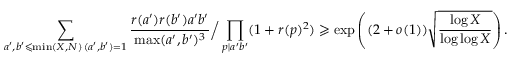
\sum _ { \substack { a ^ { \prime } , b ^ { \prime } \leqslant \operatorname* { m i n } ( X , N ) \, ( a ^ { \prime } , b ^ { \prime } ) = 1 } } \frac { r ( a ^ { \prime } ) r ( b ^ { \prime } ) a ^ { \prime } b ^ { \prime } } { \operatorname* { m a x } ( a ^ { \prime } , b ^ { \prime } ) ^ { 3 } } \Big / \prod _ { p | a ^ { \prime } b ^ { \prime } } ( 1 + r ( p ) ^ { 2 } ) \geqslant \exp \left( ( 2 + o ( 1 ) ) \sqrt { \frac { \log X } { \log \log X } } \right) .